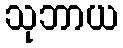
သုဘာယ